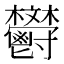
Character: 𩰩